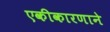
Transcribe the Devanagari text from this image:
एकीकारणाने